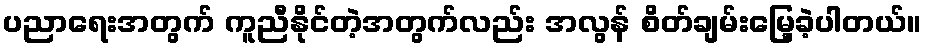
ပညာရေးအတွက် ကူညီနိုင်တဲ့အတွက်လည်း အလွန် စိတ်ချမ်းမြေ့ခဲ့ပါတယ်။